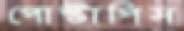
পোস্টাপিস